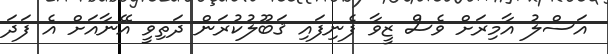
އަސްލު އާމިރަށް ވެސް ޒީވާ ފެނިފައި ޤަބޫލުކުރަން ދަތިވީ އޭނާއަށް އެ ފަދަ